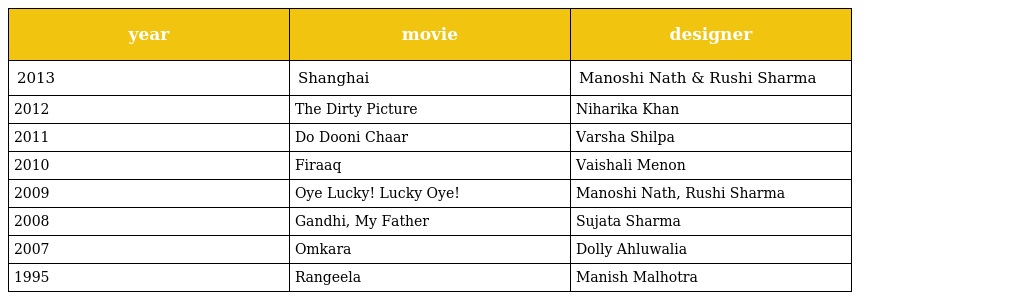
| year | movie | designer |
 | --- | --- | --- |
 | 2013 | Shanghai | Manoshi Nath & Rushi Sharma |
 | 2012 | The Dirty Picture | Niharika Khan |
 | 2011 | Do Dooni Chaar | Varsha Shilpa |
 | 2010 | Firaaq | Vaishali Menon |
 | 2009 | Oye Lucky! Lucky Oye! | Manoshi Nath, Rushi Sharma |
 | 2008 | Gandhi, My Father | Sujata Sharma |
 | 2007 | Omkara | Dolly Ahluwalia |
 | 1995 | Rangeela | Manish Malhotra |